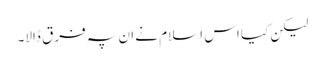
لیکن کیا اس اسلام نے ان پہ فرق ڈالا۔